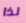
لذا